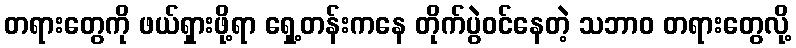
တရားတွေကို ဖယ်ရှားဖို့ရာ ရှေ့တန်းကနေ တိုက်ပွဲဝင်နေတဲ့ သဘာဝ တရားတွေလို့